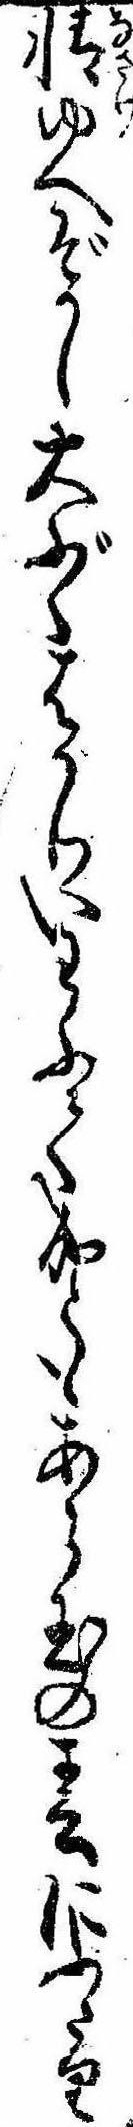
情ゆへぞかし大ぶくはかりいわふて成ともあら玉の春にふたり